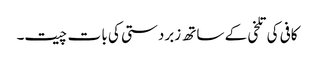
کافی کی تلخی کے ساتھ زبردستی کی با ت چیت۔